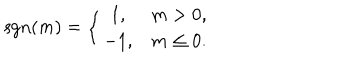
LaTeX: \mathrm { s g n } ( m ) = \left\{ \begin{array} { c c } { { 1 , } } & { { m > 0 , } } \\ { { - 1 , } } & { { m \le 0 . } } \\ \end{array} \right.